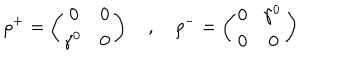
\rho ^ { + } = \left( \begin{array} { c c } { { 0 } } & { { 0 } } \\ { { \! \gamma ^ { 0 } } } & { { 0 } } \\ \end{array} \right) \quad , \quad \rho ^ { - } = \left( \begin{array} { c c } { { 0 } } & { { \! \gamma ^ { 0 } } } \\ { { 0 } } & { { 0 } } \\ \end{array} \right)